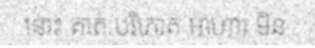
នោះ គាត់ បរិភោគ ឣាហារ មិន